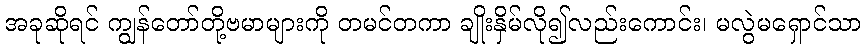
အခုဆိုရင် ကျွန်တော်တို့ဗမာများကို တမင်တကာ ချိုးနှိမ်လို၍လည်းကောင်း၊ မလွဲမရှောင်သာ